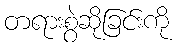
တရားစွဲဆိုခြင်းကို